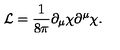
{ \cal L } = \frac { 1 } { 8 \pi } \partial _ { \mu } \chi \partial ^ { \mu } \chi .